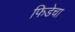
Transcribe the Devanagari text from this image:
फिडेचा